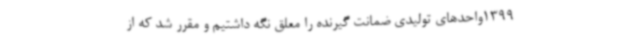
1399واحدهای تولیدی ضمانت گیرنده را معلق نگه داشتیم و مقرر شد که از